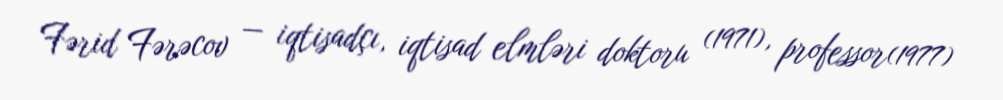
Fərid Fərəcov — iqtisadçı, iqtisad elmləri doktoru (1971), professor(1977)